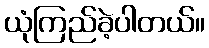
ယုံကြည်ခဲ့ပါတယ်။